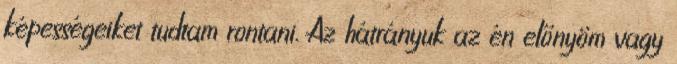
képességeiket tudtam rontani. Az hátrányuk az én előnyöm vagy